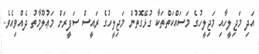
އަދި މަޖިލީހާއި މަޖިލީހުގެ މަސައްކަތްތަކާ ގުޅޭގޮތުން މަޖިލީހުގެ ރައީސް ސަފީރަށް މަޢުލޫމާތު ދެއްވިއެވެ.